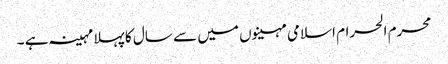
محرم الحرام اسلامی مہینوں میں سے سال کا پہلا مہینہ ہے ۔